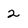
Character: 2